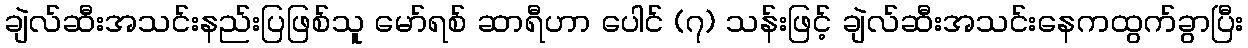
ချဲလ်ဆီးအသင်းနည်းပြဖြစ်သူ မော်ရစ် ဆာရီဟာ ပေါင် (၇) သန်းဖြင့် ချဲလ်ဆီးအသင်းနေကထွက်ခွာပြီး